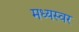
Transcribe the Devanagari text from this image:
मध्यस्वर